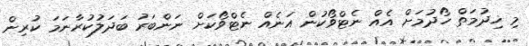
މި ޚިދުމަތް ހޯދުމަށް އެއް ނެޓްވޯކުން އަނެއް ނެޓްވޯކަށް ނަންބަރު ބަދަލުކުރާނަމަ ކުރިން